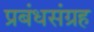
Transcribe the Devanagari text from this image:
प्रबंधसंग्रह